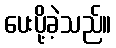
ပေးပို့ခဲ့သည်။